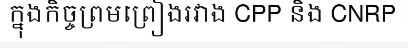
ក្នុងកិច្ចព្រមព្រៀងរវាង CPP និង CNRP